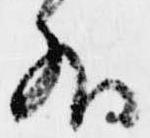
外